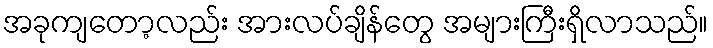
အခုကျတော့လည်း အားလပ်ချိန်တွေ အများကြီးရှိလာသည်။